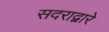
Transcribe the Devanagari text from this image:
सदराद्वारे